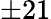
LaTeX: \pm 21